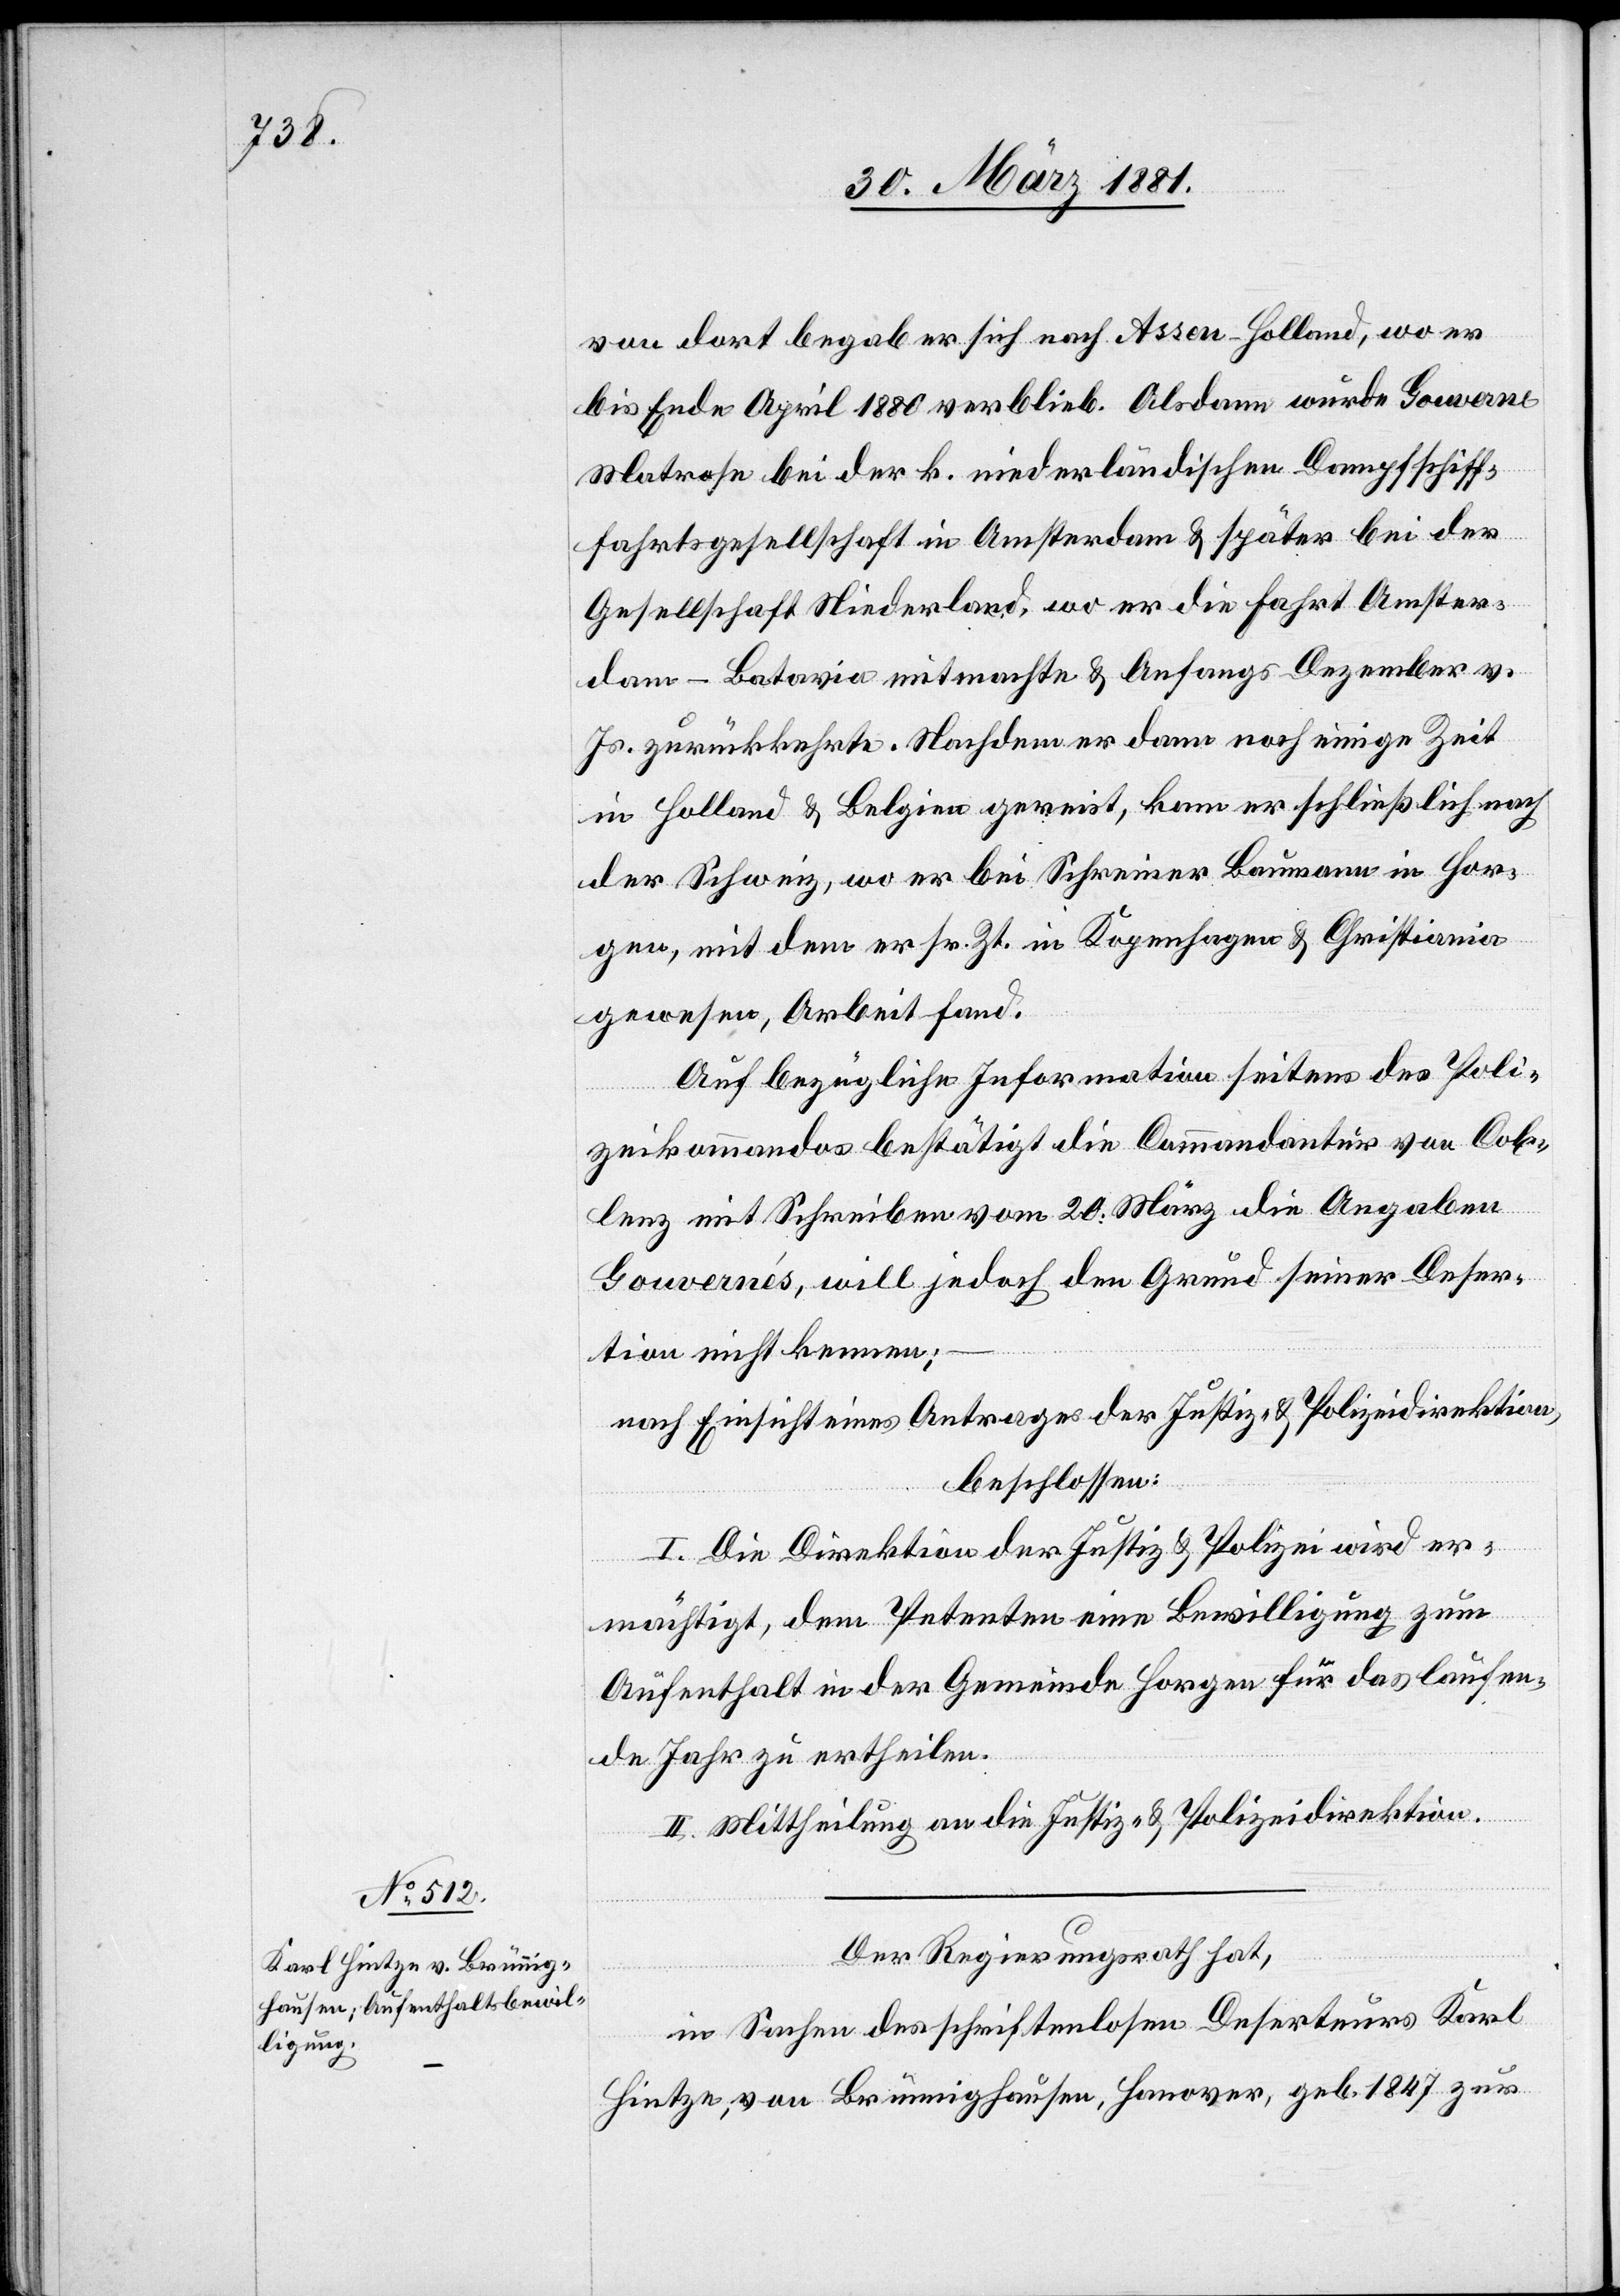
von dort begab er sich nach Assen - Holland, wo er
bis Ende April 1880 verblieb. Alsdann wurde Gouverne
Matrose bei der k. niederländischen Dampfschiff¬
fahrtsgesellschaft in Amsterdam & später bei der
Gesellschaft Niederland, wo er die Fahrt Amster¬
dam–Batavia mitmachte & Anfangs Dezember v.
Js. zurückkehrte. Nachdem er dann noch einige Zeit
in Holland & Belgien gereist, kam er schließlich nach
der Schweiz, wo er bei Schreiner Baumann in Hor¬
gen, mit dem er sr. Zt. in Kopenhagen & Christiana
gewesen, Arbeit fand.
Auf bezügliche Information seitens des Poli¬
zeikommandos bestätigt die Commandantur von Coblenz
[sic!] mit Schreiben vom 20. März die Angaben
Gouvernés, will jedoch den Grund seiner Deser¬
tion nicht kennen;
nach Einsicht eines Antrages der Justiz- & Polizeidirektion,
beschlossen:
I. Die Direktion der Justiz & Polizei wird er¬
mächtigt, dem Petenten eine Bewilligung zum
Aufenthalt in der Gemeinde Horgen für das laufen¬
de Jahr zu ertheilen.
II. Mittheilung an die Justiz- & Polizeidirektion.
Der Regierungsrath hat,
in Sachen des schriftenlosen Deserteurs Karl
Hintze, von Brünnighausen, Hanover, geb. 1847 zur